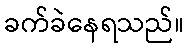
ခက်ခဲနေရသည်။